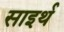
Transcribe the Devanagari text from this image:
साइर्थ